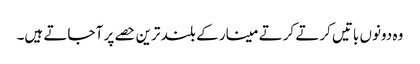
وہ دونوں باتیں کرتے کرتے مینار کے بلند ترین حصے پر آ جاتے ہیں۔